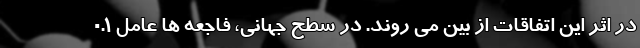
در اثر این اتفاقات از بین می روند. در سطح جهانی، فاجعه ها عامل ۰.۱